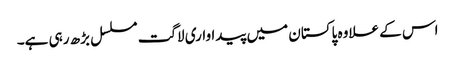
اس کے علاوہ پاکستان میں پیداواری لاگت مسلسل بڑھ رہی ہے۔